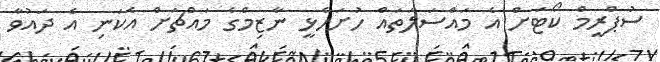
ސުޕްރީމް ކޯޓަށް އެ މައްސަލަތައް ހުށަހެޅީ ނާޒިމްގެ މައްޗަށް އެކަނި އެ ދައުވާ